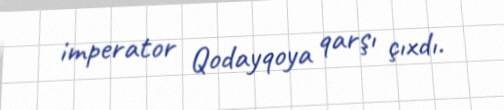
imperator Qodayqoya qarşı çıxdı.